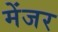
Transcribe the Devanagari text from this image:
मेंजर